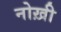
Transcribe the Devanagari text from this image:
नोख़ी